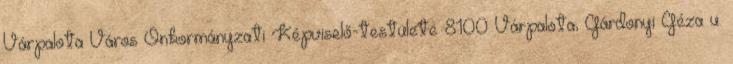
Várpalota Város Önkormányzati Képviselő-testülete 8100 Várpalota, Gárdonyi Géza u.